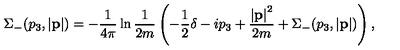
\Sigma _ { - } ( p _ { 3 } , \left| { \bf p } \right| ) = - \frac { 1 } { 4 \pi } \ln \frac { 1 } { 2 m } \left( - \frac { 1 } { 2 } \delta - i p _ { 3 } + \frac { \left| { \bf p } \right| ^ { 2 } } { 2 m } + \Sigma _ { - } ( p _ { 3 } , \left| { \bf p } \right| ) \right) ,